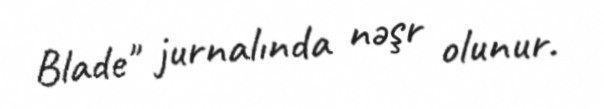
Blade" jurnalında nəşr olunur.